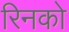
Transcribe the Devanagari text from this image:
रिनको